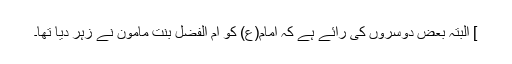
] البتہ بعض دوسروں کی رائے ہے کہ امام(ع) کو ام الفضل بنت مامون نے زہر دیا تھا۔